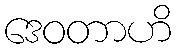
ဒေဝတာဟိ